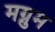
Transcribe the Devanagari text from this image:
मग्नुम